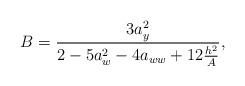
LaTeX: \begin{align*}B=\frac{3a_y^2}{2-5a_w^2-4a_{ww}+12\frac{h^2}{A}},\end{align*}